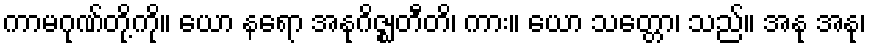
ကာမဂုဏ်တို့ကို။ ယော နရော အနုဂိဇ္ဈတီတိ၊ ကား။ ယော သတ္တော၊ သည်။ အနု အနု၊